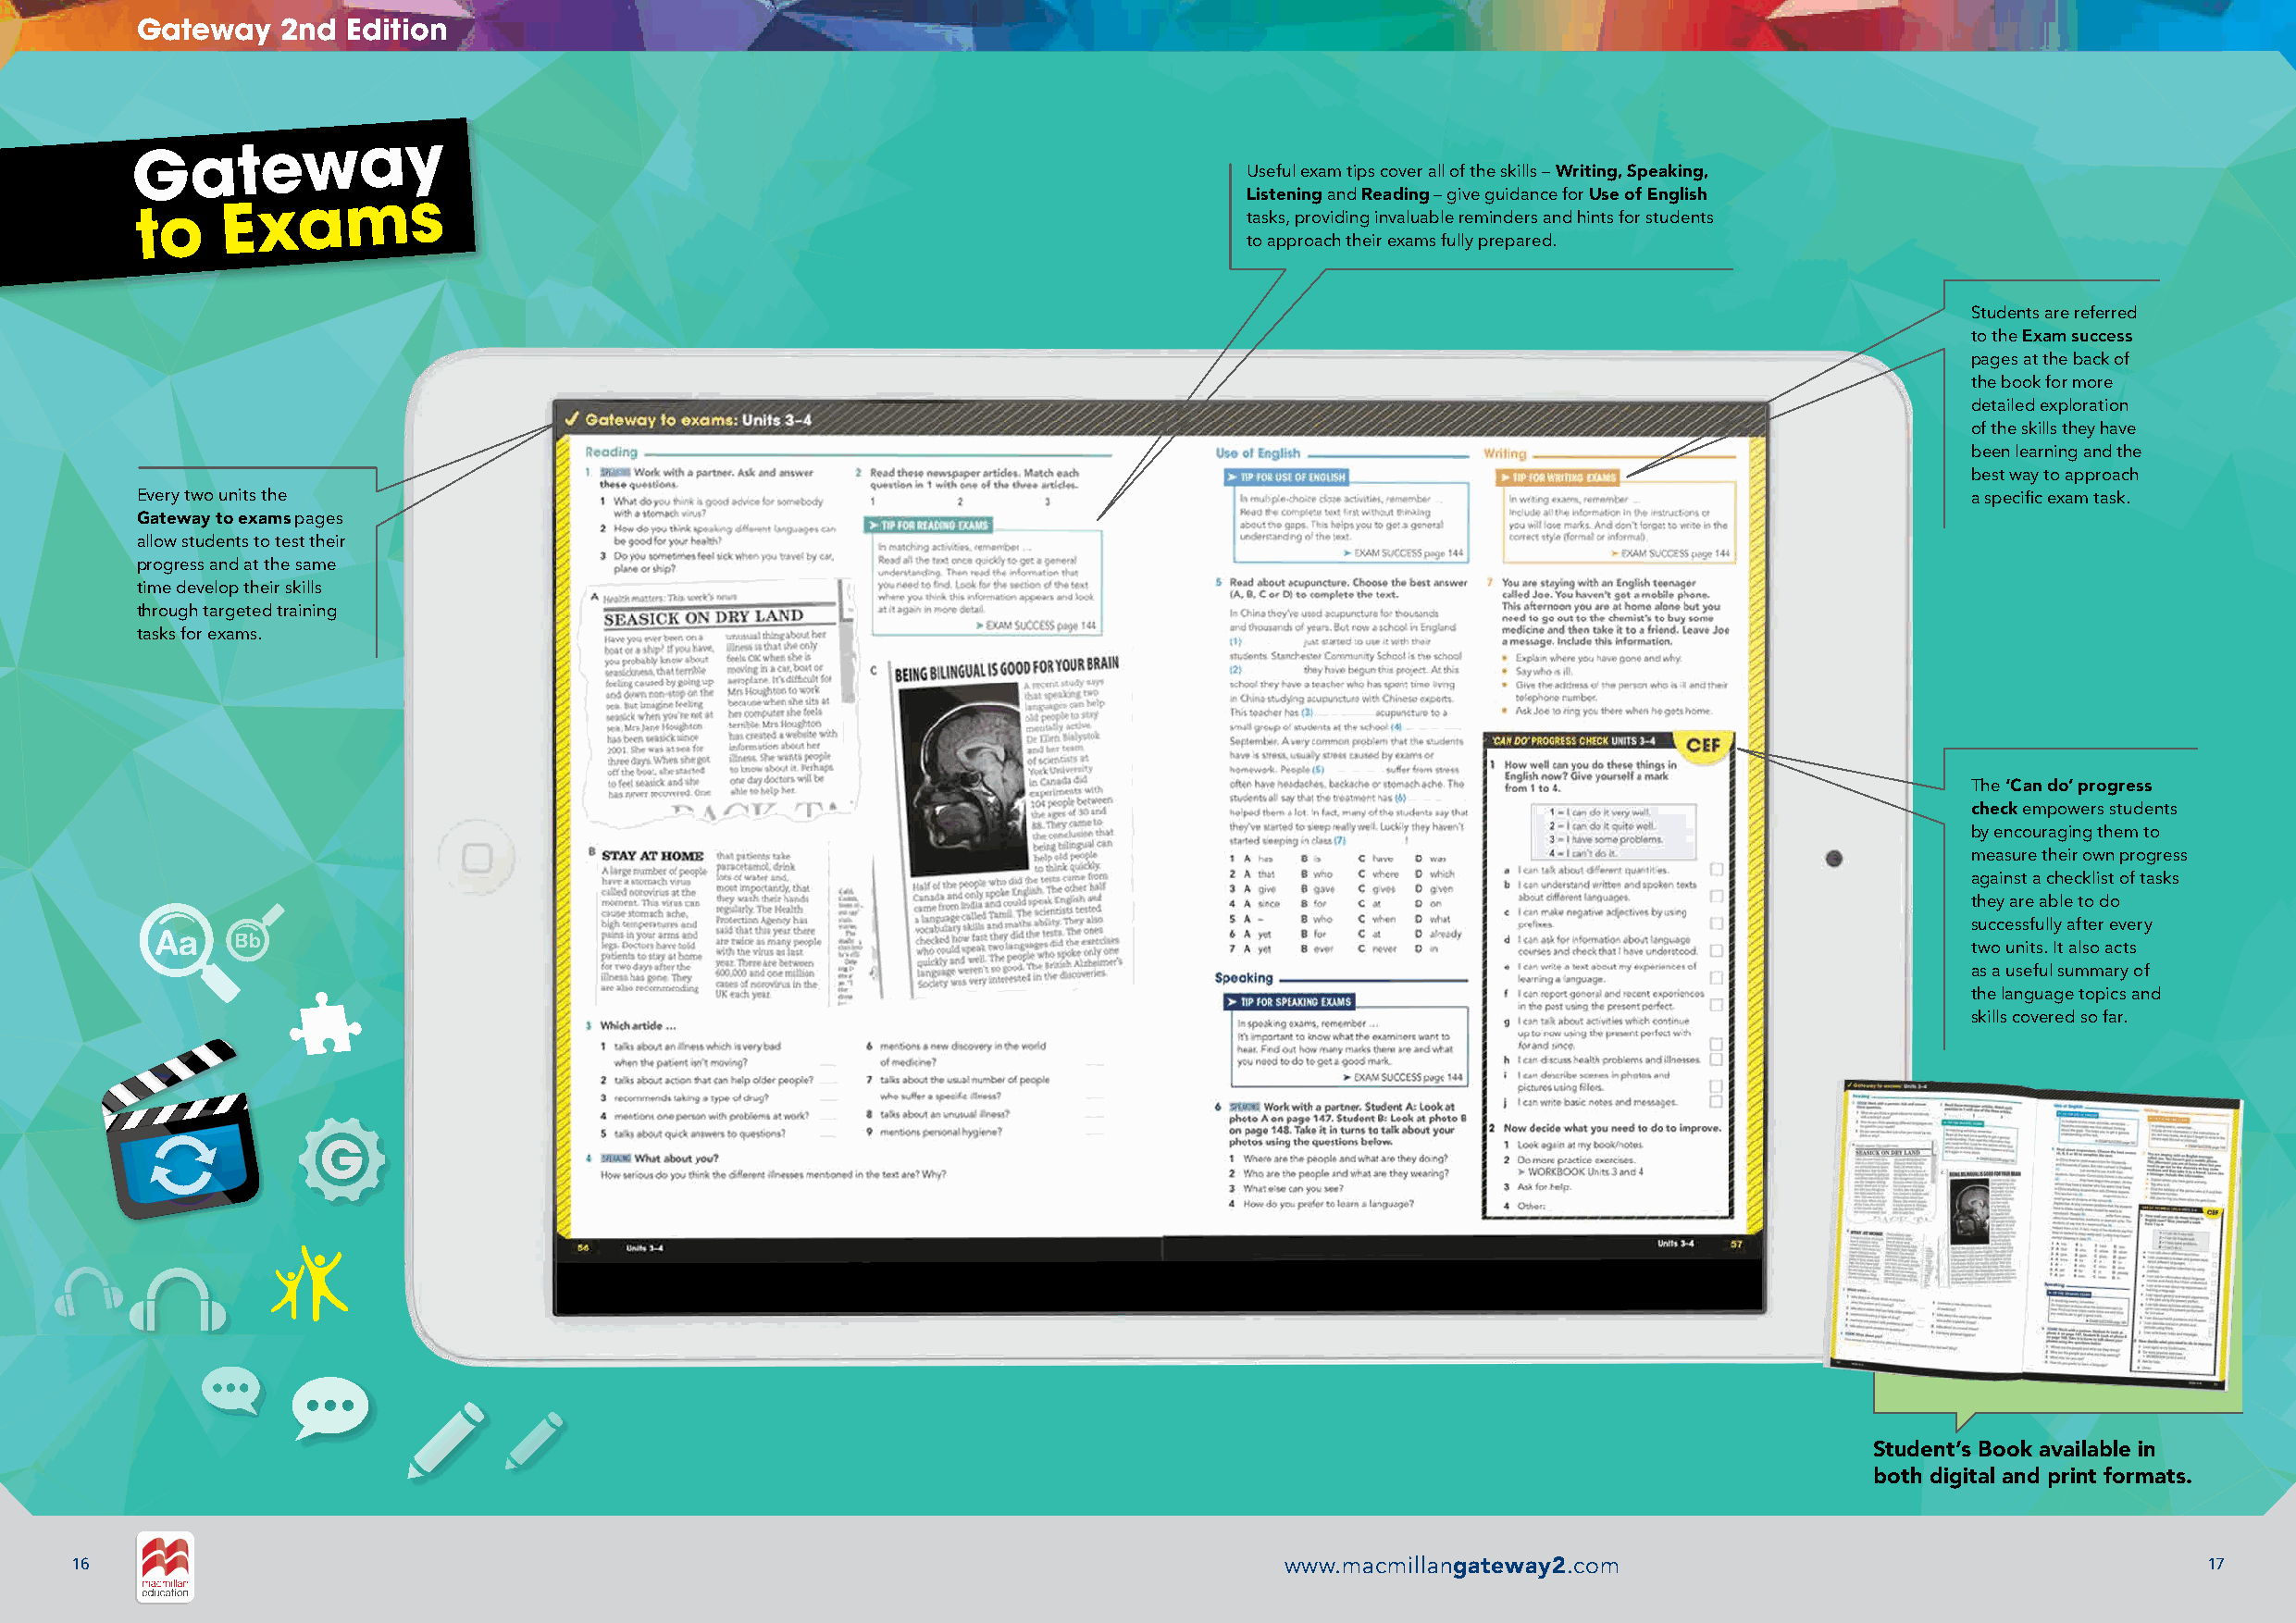
Gateway   2nd  Edition
 Gateway
 Useful exam tips cover all of the skills – Writing, Speaking,
 to
 Exams                                                                    L tais st ke s,n pin rg
 o
 va idn id
 n
 gR e ina vd ai ln ug
 a
 b–
 l
 eg i rv ee
 m
 g inu did ea rn
 s
 c ae
 n
 dfo hr iU nts se
 f
 oo rf sE tn ug dl eis nh
 ts
 to approach their exams fully prepared.
 Students are referred
 to the Exam success
 pages at the back of
 the book for more
 detailed exploration
 of the skills they have
 been learning and the
 best way to approach
 Every two units the                                                                                                                a specific exam task.
 Gateway to exams pages
 allow students to test their
 progress and at the same
 time develop their skills
 through targeted training
 tasks for exams.
 The ‘Can do’ progress
 check empowers students
 by encouraging them to
 measure their own progress
 against a checklist of tasks
 they are able to do
 successfully after every
 Aa    Bb
 two units. It also acts
 as a useful summary of
 the language topics and
 skills covered so far.
 Student’s Book available in
 both digital and print formats.
 16                                                                                     www.macmillangateway2.com                                         17